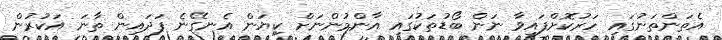
އެތަންތަނުގައި ހަރުކޮށްފައިވާ ނަން ބޯޑުތަކުގައި އާންމުންނަށް ކިޔަން އެނގޭނެ ފަދައިން ތާނަ އަކުރުން